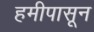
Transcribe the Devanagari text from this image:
हमीपासून